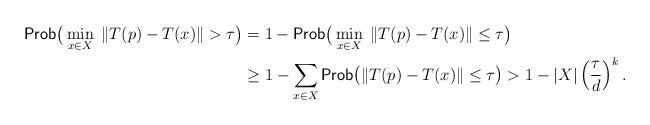
LaTeX: \begin{align*}\mbox{\sf Prob}\big(\min\limits_{x \in X} \; \|T(p) - T(x)\| > \tau\big) & = 1 - \mbox{\sf Prob}\big(\min\limits_{x \in X} \; \|T(p) - T(x)\| \le \tau \big) \\ & \ge 1 - \sum\limits_{x \in X} \mbox{\sf Prob}\big(\|T(p) - T(x)\| \le \tau \big) > 1 - |X| \left(\frac{\tau}{d}\right)^k. \end{align*}